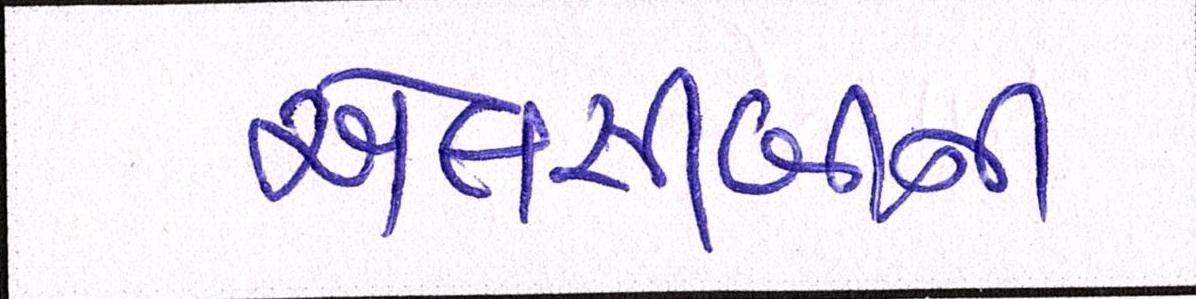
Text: એલસીબીની